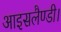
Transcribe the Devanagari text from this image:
आइसलैण्डी।